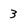
Character: 3